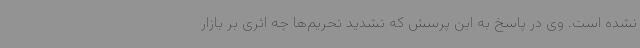
نشده است. وی در پاسخ به این پرسش که تشدید تحریم‌ها چه اثری بر بازار